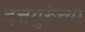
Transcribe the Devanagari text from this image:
दत्तगुरूंच्या